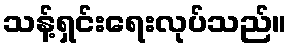
သန့်ရှင်းရေးလုပ်သည်။